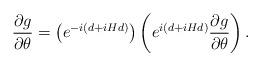
LaTeX: \begin{align*}\frac{\partial g}{\partial\theta} = \left(e^{-i (d + i Hd)}\right)\left(e^{i (d+ i Hd)} \frac{\partial g}{\partial\theta}\right).\end{align*}